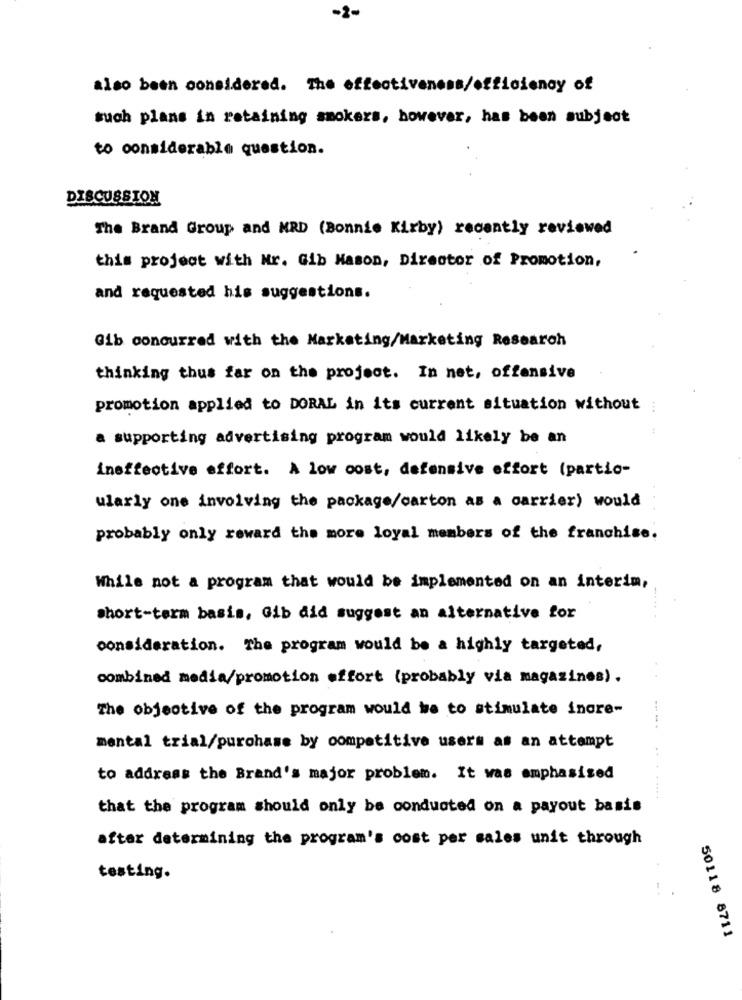
-2-
also been considered. The effectiveness/efficiency of
such plans in retaining smokers, however, has been subject
to considerable question.
DISCUSSION
The Brand Group and MRD (Bonnie Kirby) recently reviewed
this project with Nr. Gib Mason, Director of Promotion,
and requested his suggestions.
Gib concurred with the Marketing/Marketing Research
thinking thus far on the project. In net, offensive
promotion applied to DORAL in its current situation without
...
a supporting advertising program would likely be an
ineffective effort. A low cost, defensive effort (partio-
ularly one involving the package/carton as a carrier) would
probably only reward the more loyal members of the franchise.
While not a program that would be implemented on an interim,
Short-term basis, Gib did suggest an alternative for
consideration. The program would be a highly targeted,
combined media/promotion effort (probably via magazines) .
The objective of the program would be to stimulate incre-
mental trial/purchase by competitive users as an attempt
to address the Brand's major problem. It was emphasized
. ....
that the program should only be conducted on a payout basis
after determining the program's cost per sales unit through
testing.
50118 8711